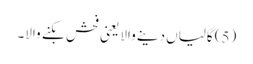
(5) گالیاں دینے والا یعنی فحش بکنے والا۔